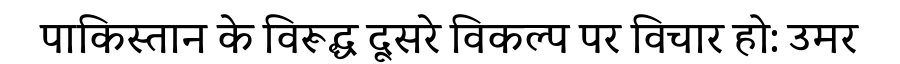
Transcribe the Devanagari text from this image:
पाकिस्तान के विरूद्ध दूसरे विकल्प पर विचार हो: उमर